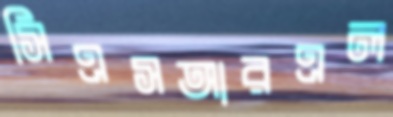
সিএসআরএল